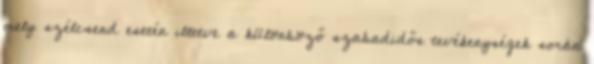
mely szélcsend esetén illetve a különböző szabadidős tevékenységek során